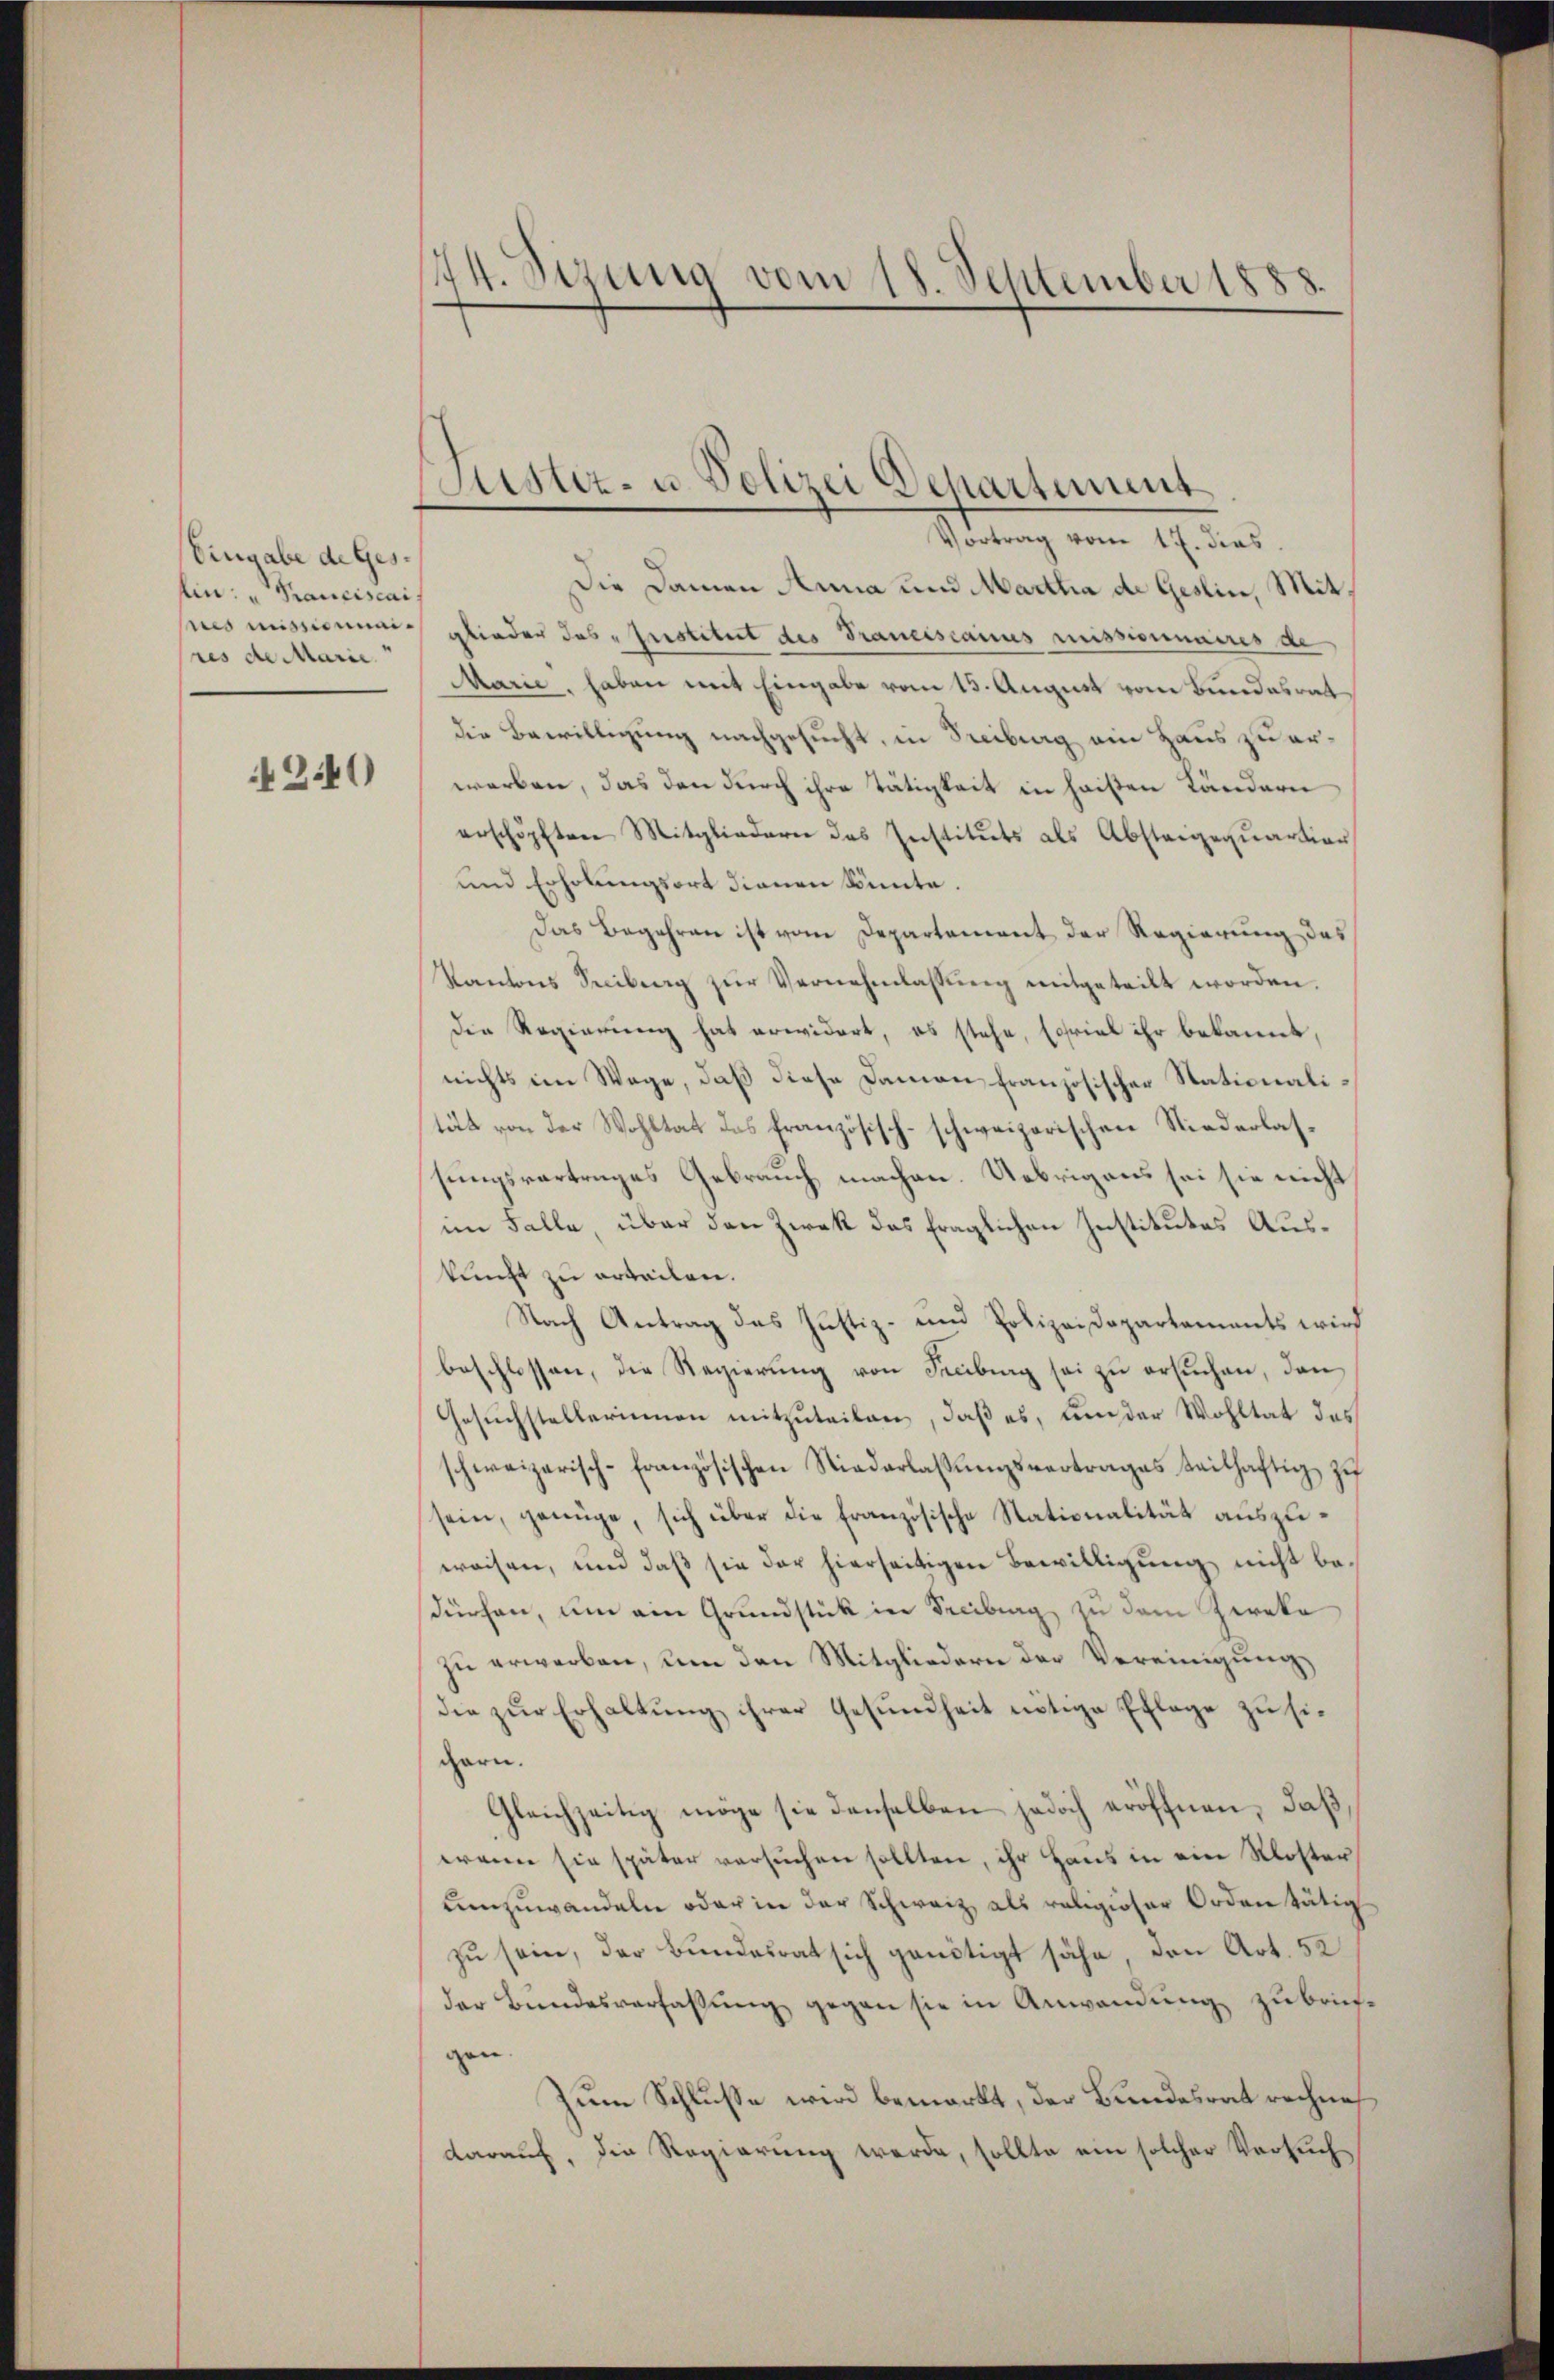
Eingabe de Ges.
lin: " Franciscais
nis missionisres de Marie

4240

144. Sizung vom 18. September 1888.

Sistiz- u. Polizei Departement

Vortrag vom 17. dies
Die Damen Anna und Martha de Gesin, Mit
glieder das Institut des Trancescanus missionnaires de
Marie, haben mit Eingabe vom 13. August vom Bundesrat
die Bewilligung nachgesucht, in Freiburg ein Haus zu erwerben, das den durch ihre Tätigkeit in heißen Ländern
erschöpften Mitgliedern des Instituts als Absteigeqŭartion
und Erholungsort dienen könnte.
Das Begehren ist vom Departement der Regierung des
Kantons Seciburg zŭr Vernehmlassŭng mitgeteilt worden.
die Regierung hat erwidert, es stehe, Exspiel ihr bekannt,
nichts im Wege, daß diese Damen französischer Stationalität von der Wohltat des französisch-schweizerischen Niederlassungsvortrages Gebrauch machen. Uebrigens sei sie nicht
im Falle, über den Zwek das fraglichen Institutes Auskunft zu erteilen.
Nach Antrag des Justiz- und Polizeidepartements wird
beschlossen, die Regierung von Freibung sei zu ersuchen, dan
Gesŭchstellerinnen mitzŭteilen, daß es, um der Wohltat des
schweizerisch-Französischen Niederlassŭngsvertrages teilhaftig zŭ
sein, genüge, sich über die Französische Stationalität auszuweisen, und daß sie der hierseitigen Bewilligung nicht bedürfen, um ein Grundstück in Freiburg zu dem Zweke
zu erwerben, um den Mitgliedern der Vereinigung
die zur Erhaltung ihrer Gesundheit nötige Pflege zu sigarn.
Gleichzeitig möge sie denselben jedoch eröffnen, daß,
wann sie später versuchen sollten, ihr Haus in ein Kloster
umzuwandeln oder in der Schweiz, als religioser Orden tätig
zu sein, der Bundesrat sich genötigt sähe, den Art. 52
der Bundesverfassung gegen sie in Anwendung zu briefgen.
Zum Schlusse wird bemerkt, der Bundesrat rechnes
darauf, die Regierung werde, sollte ein solcher Versuch¬